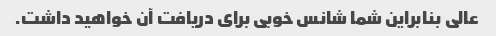
عالی بنابراین شما شانس خوبی برای دریافت آن خواهید داشت.